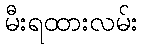
မီးရထားလမ်း